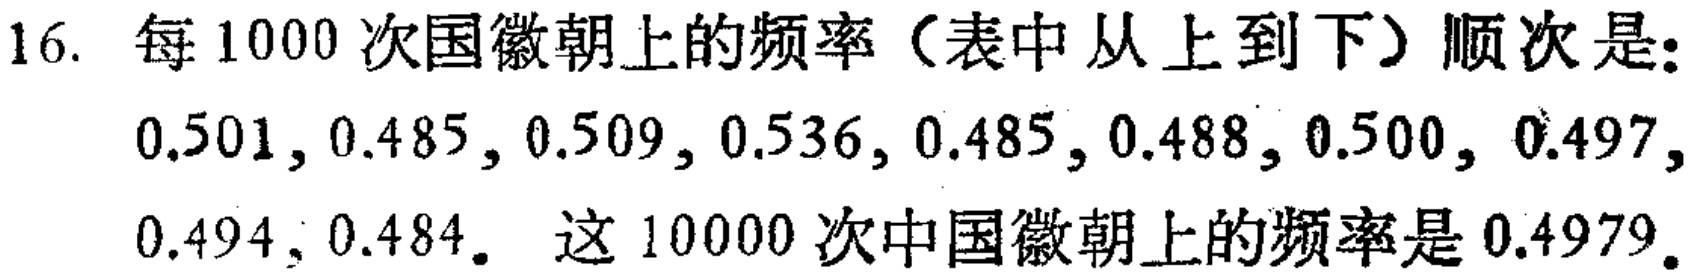
16. 每1000次国徽朝上的频率（表中从上到下）顺次是：

$0.501, 0.485, 0.509, 0.536, 0.485, 0.488, 0.500, 0.497, 0.494, 0.484$。这10000次中国徽朝上的频率是$0.4979$。